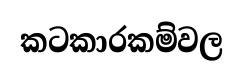
කටකාරකම්වල